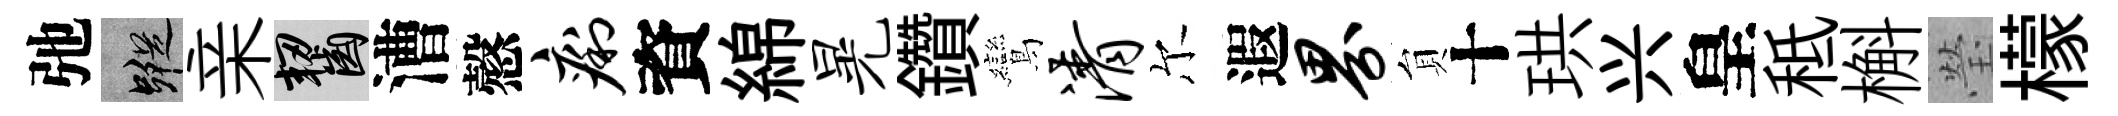
弛蹤亲齧漕慤痢資綿晃鑽鸞清尔遐界貟十珙兴皇秪槲瑩檬